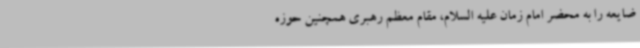
ضایعه را به محضر امام زمان علیه السلام، مقام معظم رهبری همچنین حوزه